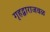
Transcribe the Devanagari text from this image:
गृहद्वाराजवळ